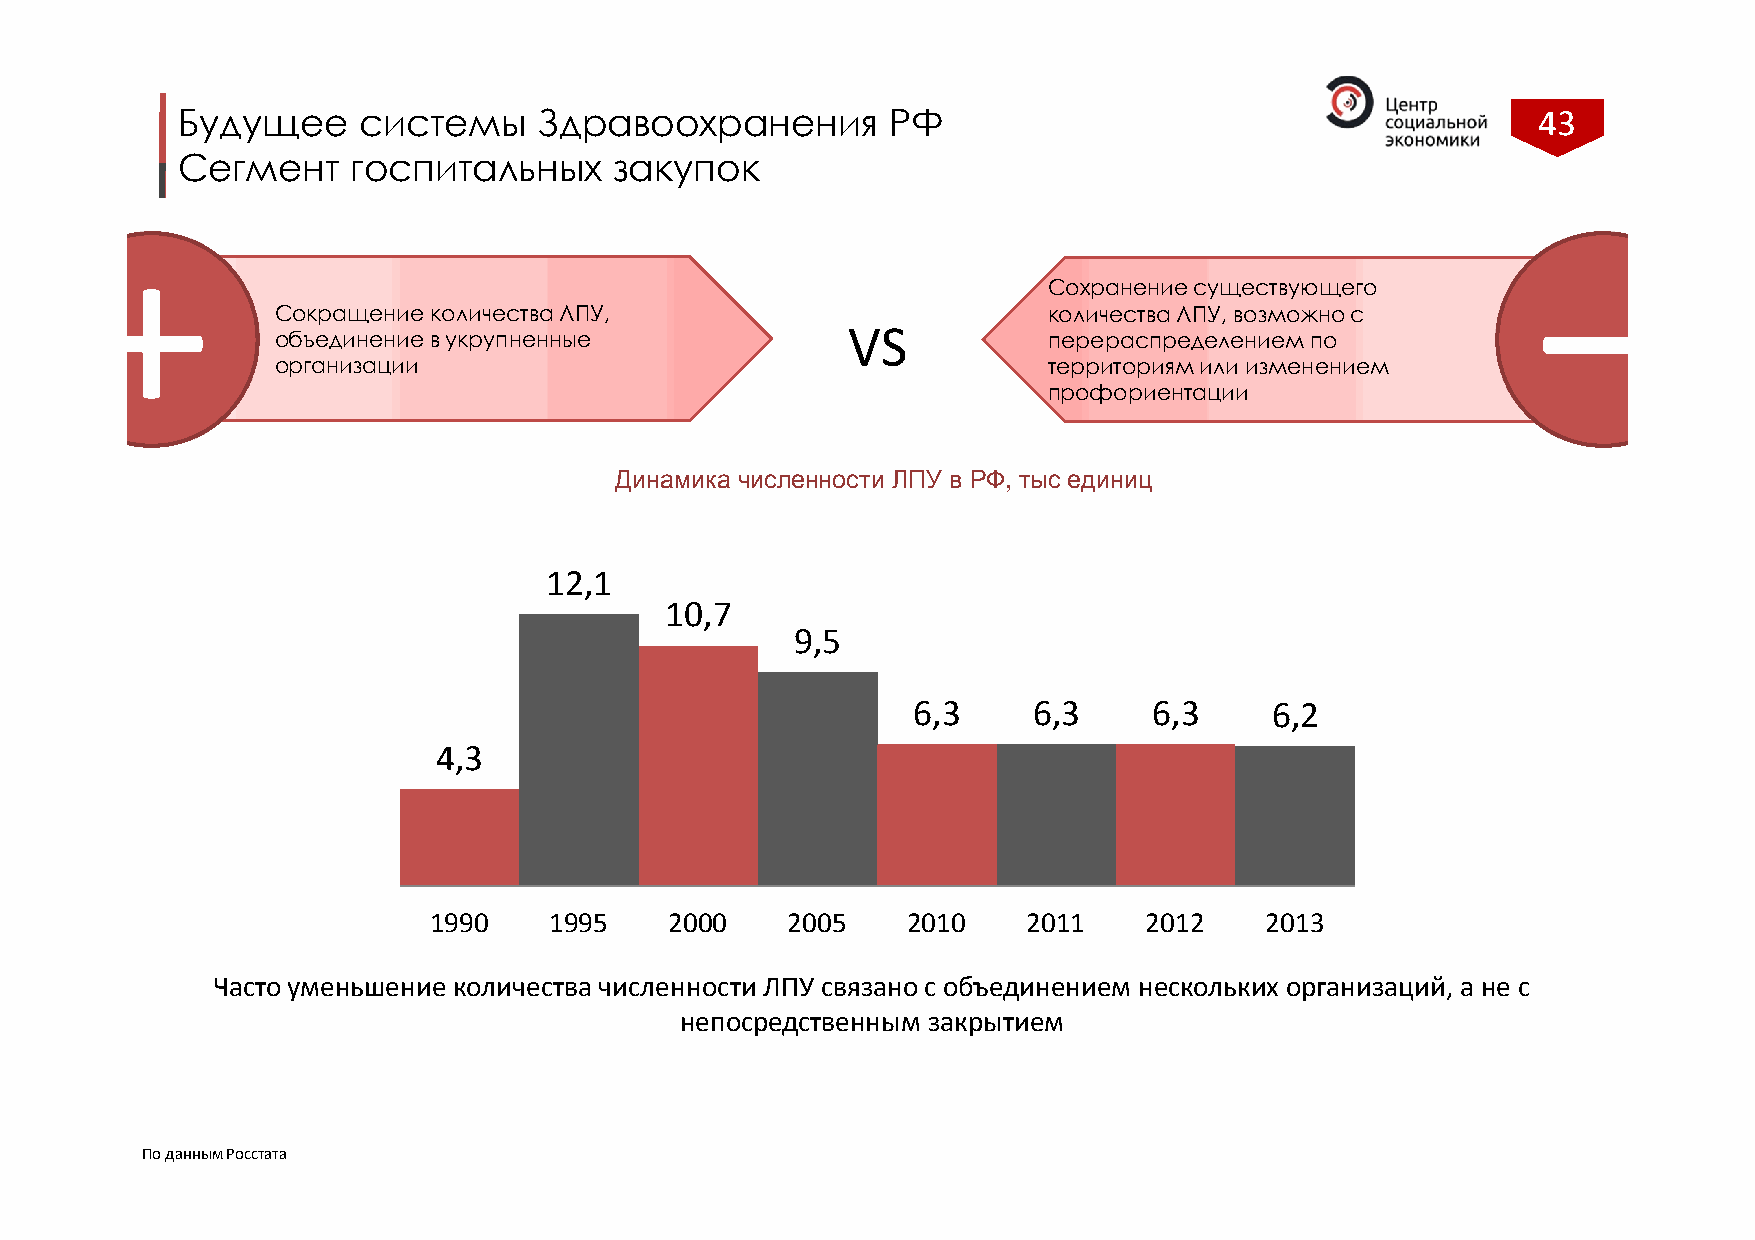
Будущее     системы     Здравоохранения        РФ                                         43
 Сегмент    госпитальных      закупок
 +                                                                                               –
 ССооххррааннееннииее ссуущщеессттввууюющщееггоо
 Сокращение количества ЛПУ,                         количества ЛПУ, возможно с
 VS
 объединение в укрупненные                          перераспределением по
 организации                                        территориям или изменением
 ппррооффооррииееннттааццииии
 Динамика численности ЛПУ в РФ, тыс единиц
 12,1
 10,7
 9,5
 6,3     6,3     6,3     6,2
 4,3
 1990    1995    2000    2005    2010    2011    2012    2013
 Часто уменьшение количества численности ЛПУ связано с объединением нескольких организаций, а не с
 непосредственным закрытием
 По данным Росстата